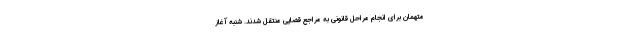
متهمان برای انجام مراحل قانونی به مراجع قضایی منتقل شدند. شنبه آغاز